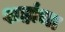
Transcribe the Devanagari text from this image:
शहांचा